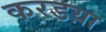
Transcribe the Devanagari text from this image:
करडय़ा